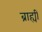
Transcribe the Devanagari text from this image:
ब्राह्यी